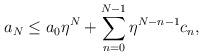
LaTeX: \begin{align*} a_N\leq a_0\eta^N+\sum_{n=0}^{N-1}\eta^{N-n-1}c_n,\end{align*}